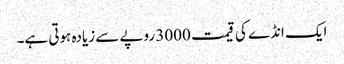
ایک انڈے کی قیمت 3000 روپے سے زیادہ ہوتی ہے۔